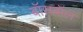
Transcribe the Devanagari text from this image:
बॉसबॉल